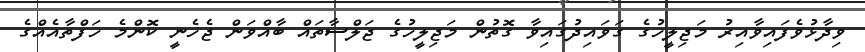
ވިދާޅުވެފައިވާއިރު މަޖިލީހުގެ ގަވައިދުގައިވާ ގޮތުން މަޖިލީހުގެ ޖަލްސާތައް ބާއްވަން ޖެހެނީ ކޮންމެ ހަފްތާއެއްގެ